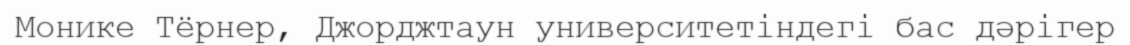
Монике Тёрнер, Джорджтаун университетіндегі бас дәрігер